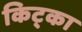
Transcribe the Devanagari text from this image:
किट्का